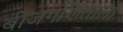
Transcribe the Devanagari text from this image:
बीजगणिताला